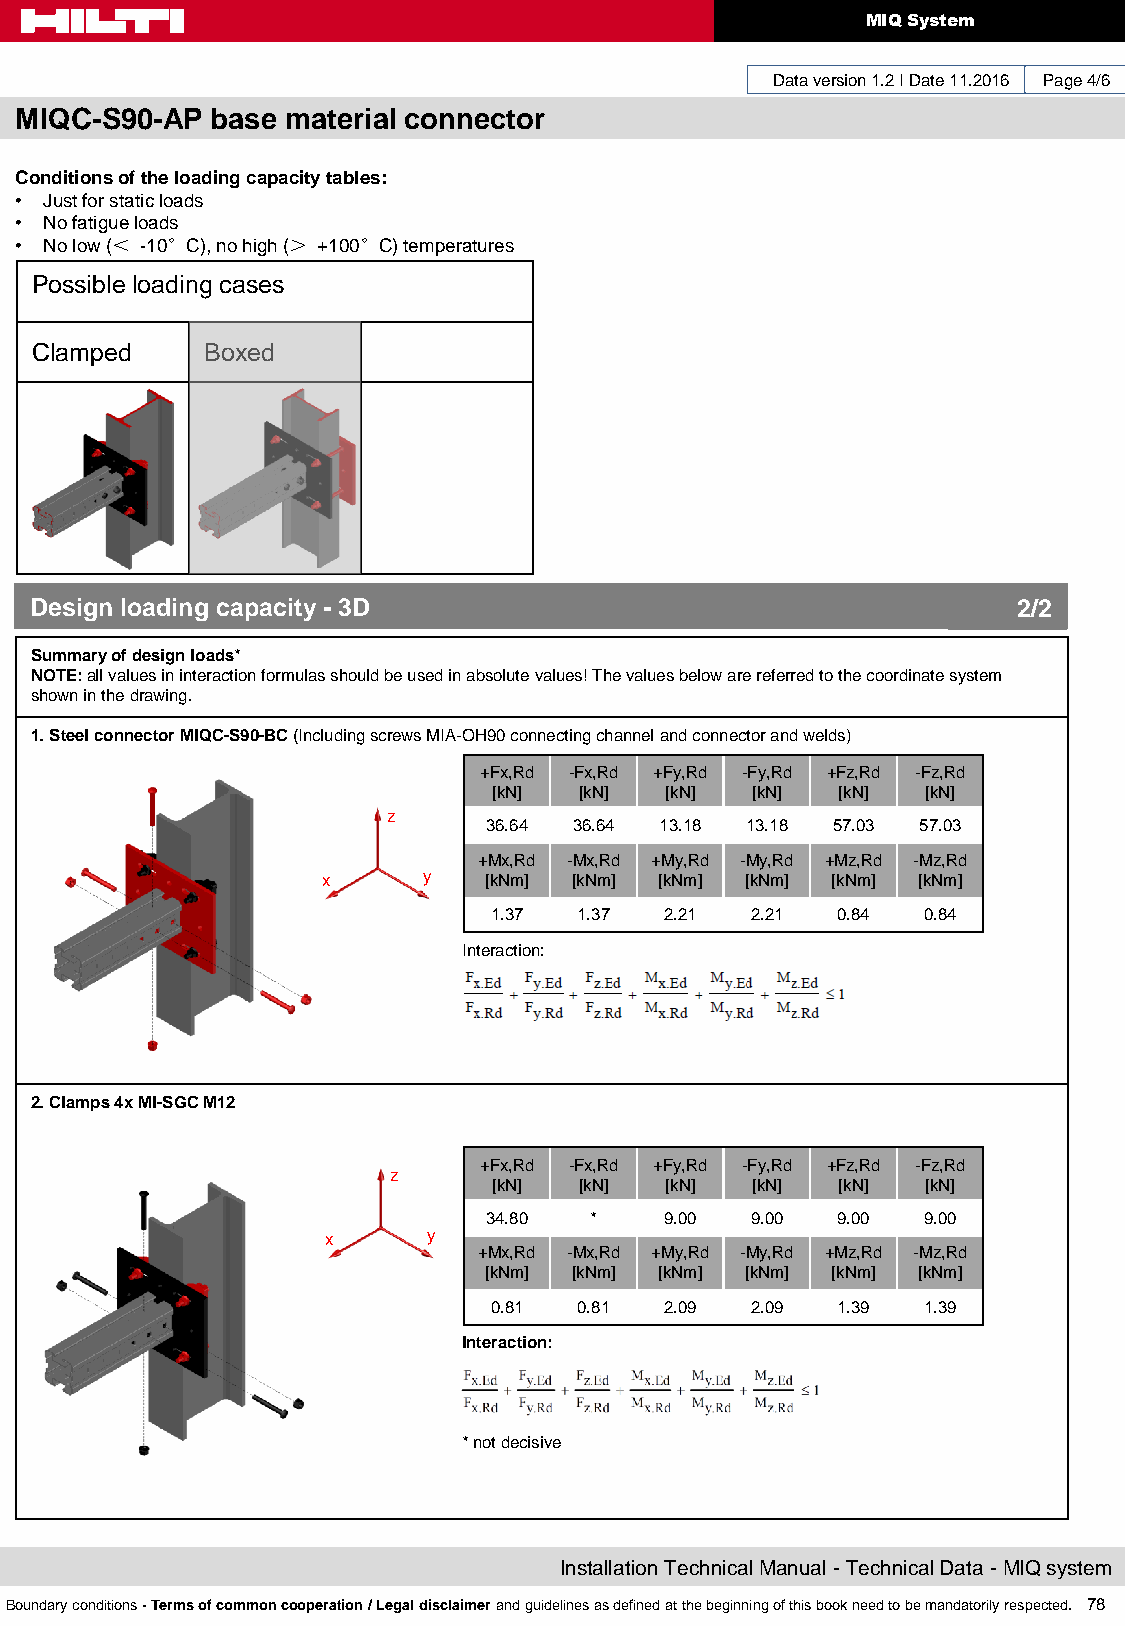
MIQ System
 Data version 1.2 I Date 11.2016 Page 4/6
 MIQC-S90-AP  base material connector
 Conditions of the loading capacity tables:
 • Just for static loads
 • No fatigue loads
 • No low (＜ -10°C), no high (＞ +100°C) temperatures
 Possible loading cases
 Clamped    Boxed
 Design loading capacity - 3D                                     2/2
 Summary of design loads*
 NOTE: all values in interaction formulas should be used in absolute values! The values below are referred to the coordinate system
 shown in the drawing.
 1. Steel connector MIQC-S90-BC (Including screws MIA-OH90 connecting channel and connector and welds)
 +Fx,Rd -Fx,Rd +Fy,Rd -Fy,Rd +Fz,Rd -Fz,Rd
 [kN] [kN]  [kN]  [kN]  [kN] [kN]
 z
 36.64 36.64 13.18 13.18 57.03 57.03
 +Mx,Rd -Mx,Rd +My,Rd -My,Rd +Mz,Rd -Mz,Rd
 x      y   [kNm] [kNm] [kNm] [kNm] [kNm] [kNm]
 1.37  1.37  2.21  2.21 0.84  0.84
 Interaction:
 2. Clamps 4x MI-SGC M12
 +Fx,Rd -Fx,Rd +Fy,Rd -Fy,Rd +Fz,Rd -Fz,Rd
 z
 [kN] [kN]  [kN]  [kN]  [kN] [kN]
 34.80  *    9.00  9.00 9.00  9.00
 x     y
 +Mx,Rd -Mx,Rd +My,Rd -My,Rd +Mz,Rd -Mz,Rd
 [kNm] [kNm] [kNm] [kNm] [kNm] [kNm]
 0.81  0.81  2.09  2.09 1.39  1.39
 Interaction:
 * not decisive
 Installation Technical Manual - Technical Data - MIQ system
 Boundary conditions - Terms of common cooperation / Legal disclaimer and guidelines as defined at the beginning of this book need to be mandatorily respected. 78